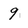
Character: 9